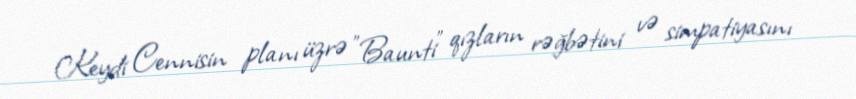
Keydi Cennisin planı üzrə "Baunti" qızların rəğbətini və simpatiyasını